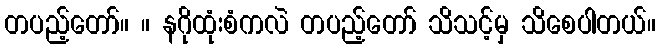
တပည့်တော်။ ။ နဂိုထုံးစံကလဲ တပည့်တော် သိသင့်မှ သိစေပါတယ်။